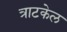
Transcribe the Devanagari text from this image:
त्राटकेल